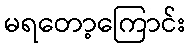
မရတော့ကြောင်း